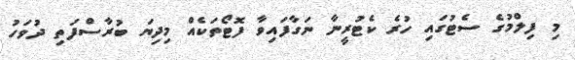
މި ފިލްމުގެ ސެޓުގައި ހުރެ ކެޓުރީނާ ނަގާފައިވާ ފޮޓޯތަކެއް މިދިޔަ ބުރާސްފަތި ދުވަހު